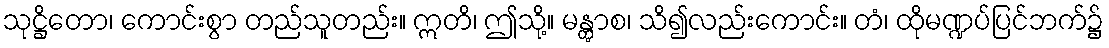
သုဋ္ဌိတော၊ ကောင်းစွာ တည်သူတည်း။ ဣတိ၊ ဤသို့။ မန္တွာစ၊ သိ၍လည်းကောင်း။ တံ၊ ထိုမဏ္ဍပ်ပြင်ဘက်၌